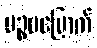
ပဉ္စမမြောက်